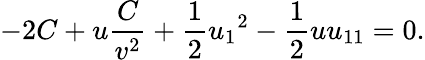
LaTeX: -2C+u\frac{C}{v^{2}}+\frac{1}{2}{u_{1}}^{2}-\frac{1}{2}uu_{11}=0.